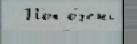
  Поп о́чень